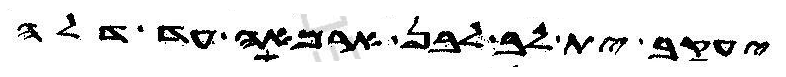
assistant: יעקב ית לב לבן ארמאה עד דלה